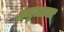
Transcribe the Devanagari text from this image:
अब्दुल्लाला